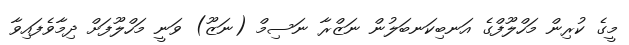
މީގެ ކުރިން މަހްލޫފްގެ އަނބިކަނބަލުން ނަޒްރާ ނަސިމް (ނަޒޫ) ވަނީ މަހްލޫފަށް ދިމާވެފައިވާ